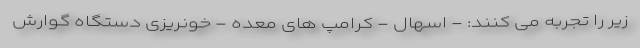
زیر را تجربه می کنند: - اسهال - کرامپ های معده - خونریزی دستگاه گوارش